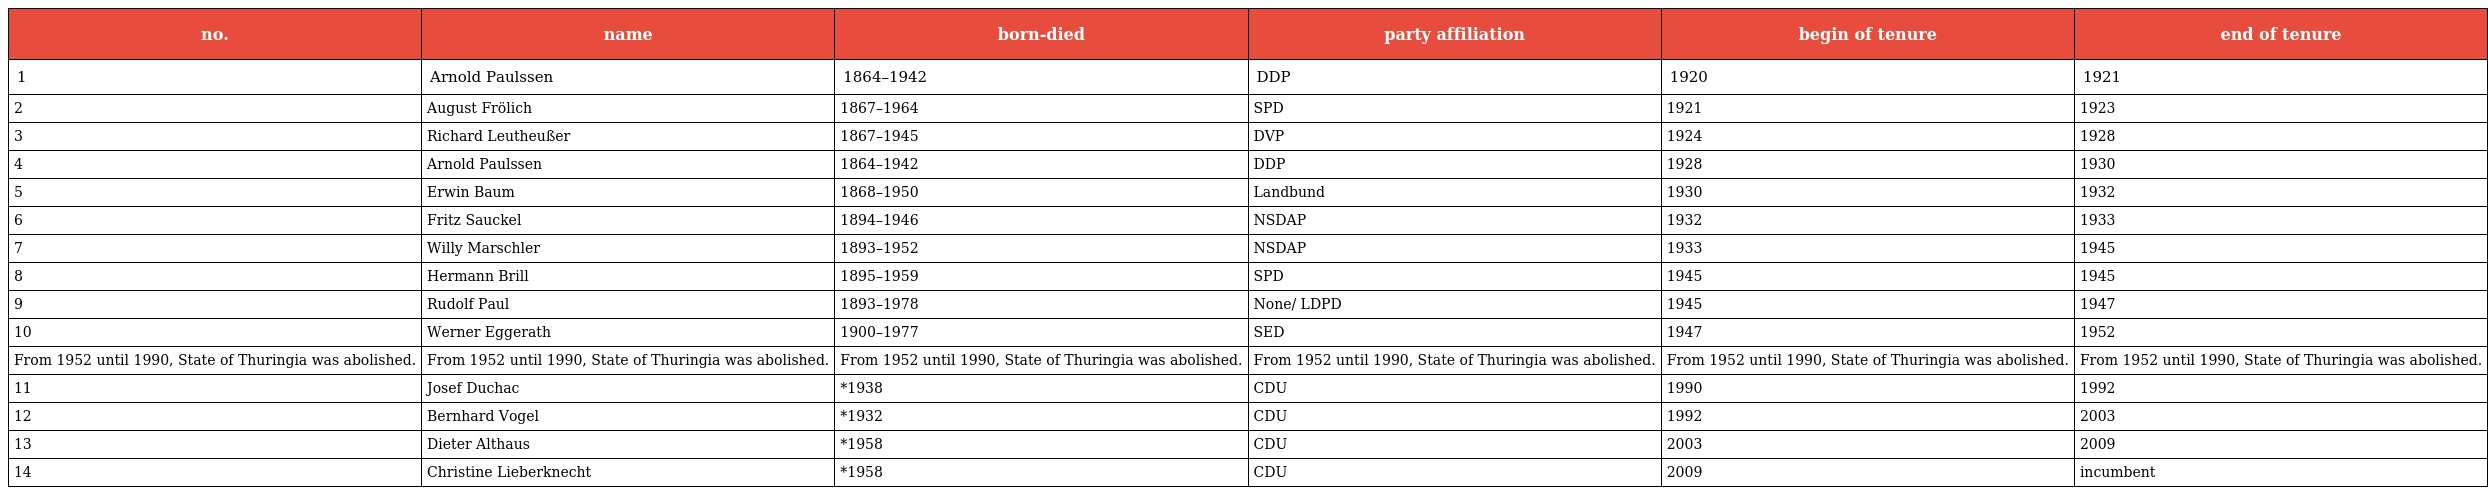
| no. | name | born-died | party affiliation | begin of tenure | end of tenure |
 | --- | --- | --- | --- | --- | --- |
 | 1 | Arnold Paulssen | 1864–1942 | DDP | 1920 | 1921 |
 | 2 | August Frölich | 1867–1964 | SPD | 1921 | 1923 |
 | 3 | Richard Leutheußer | 1867–1945 | DVP | 1924 | 1928 |
 | 4 | Arnold Paulssen | 1864–1942 | DDP | 1928 | 1930 |
 | 5 | Erwin Baum | 1868–1950 | Landbund | 1930 | 1932 |
 | 6 | Fritz Sauckel | 1894–1946 | NSDAP | 1932 | 1933 |
 | 7 | Willy Marschler | 1893–1952 | NSDAP | 1933 | 1945 |
 | 8 | Hermann Brill | 1895–1959 | SPD | 1945 | 1945 |
 | 9 | Rudolf Paul | 1893–1978 | None/ LDPD | 1945 | 1947 |
 | 10 | Werner Eggerath | 1900–1977 | SED | 1947 | 1952 |
 | From 1952 until 1990, State of Thuringia was abolished. | From 1952 until 1990, State of Thuringia was abolished. | From 1952 until 1990, State of Thuringia was abolished. | From 1952 until 1990, State of Thuringia was abolished. | From 1952 until 1990, State of Thuringia was abolished. | From 1952 until 1990, State of Thuringia was abolished. |
 | 11 | Josef Duchac | *1938 | CDU | 1990 | 1992 |
 | 12 | Bernhard Vogel | *1932 | CDU | 1992 | 2003 |
 | 13 | Dieter Althaus | *1958 | CDU | 2003 | 2009 |
 | 14 | Christine Lieberknecht | *1958 | CDU | 2009 | incumbent |